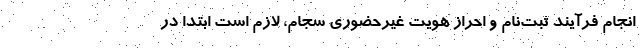
انجام فرآیند ثبت­نام و احراز هویت غیرحضوری سجام، لازم است ابتدا در